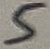
Text: 5